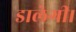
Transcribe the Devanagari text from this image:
डालेगी।